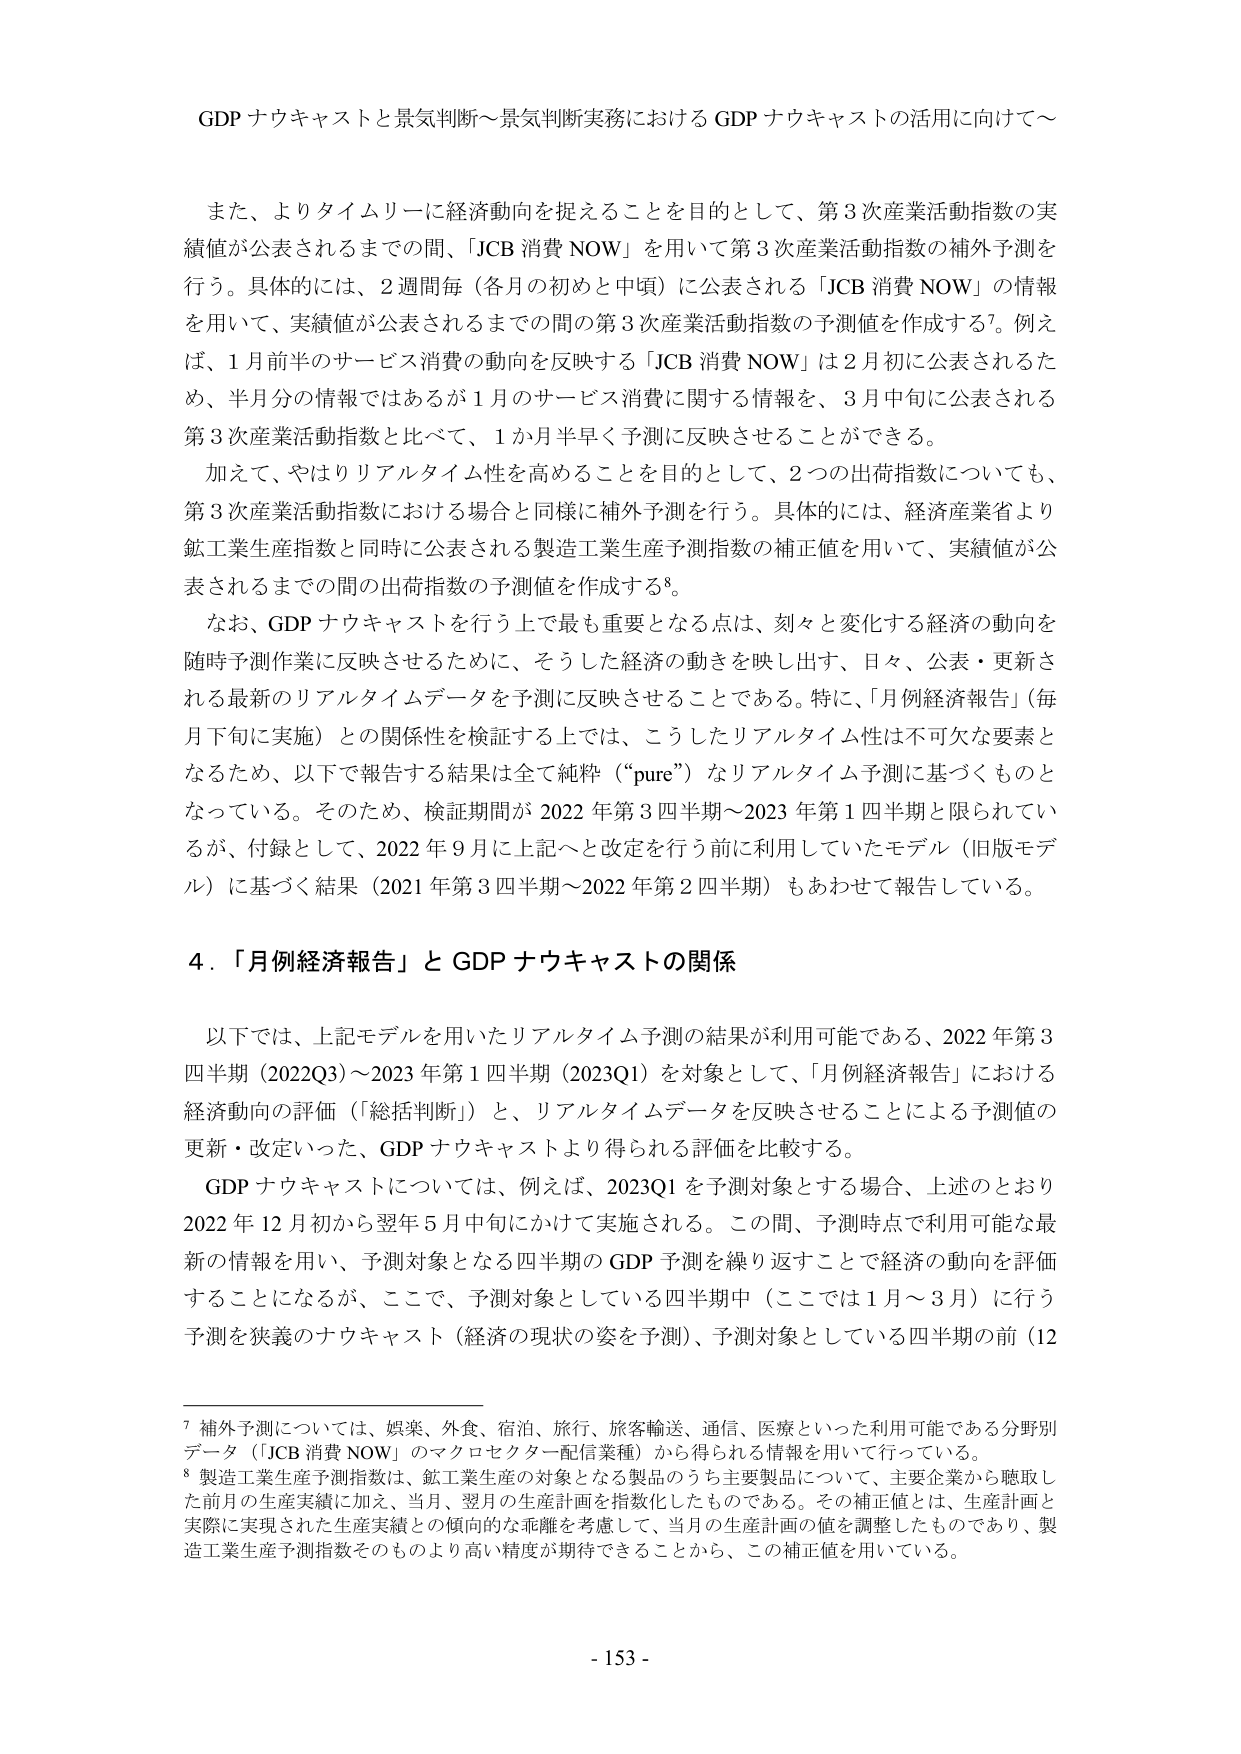
GDP ナウキャストと景気判断～景気判断実務における GDP ナウキャストの活用に向けて～

また、よりタイムリーに経済動向を捉えることを目的として、第3次産業活動指数の実績値が公表されるまでの間、「JCB 消費 NOW」を用いて第3次産業活動指数の補外予測を行う。具体的には、2週間毎（各月の初めと中頃）に公表される「JCB 消費 NOW」の情報を用いて、実績値が公表されるまでの間の第3次産業活動指数の予測値を作成する⁷。例えば、1月前半のサービス消費の動向を反映する「JCB 消費 NOW」は2月初に公表されるため、半月分の情報ではあるが1月のサービス消費に関する情報を、3月中旬に公表される第3次産業活動指数と比べて、1か月半早く予測に反映させることができる。

加えて、やはりリアルタイム性を高めることを目的として、2つの出荷指数についても、第3次産業活動指数における場合と同様に補外予測を行う。具体的には、経済産業省より鉱工業生産指数と同時に公表される製造工業生産予測指数の補正値を用いて、実績値が公表されるまでの間の出荷指数の予測値を作成する⁸。

なお、GDP ナウキャストを行う上で最も重要となる点は、刻々と変化する経済の動向を随時予測作業に反映させるために、そうした経済の動きを映し出す、日々、公表・更新される最新のリアルタイムデータを予測に反映させることである。特に、「月例経済報告」（毎月下旬に実施）との関係性を検証する上では、こうしたリアルタイム性は不可欠な要素となるため、以下で報告する結果は全て純粋（“pure”）なリアルタイム予測に基づくものとなっている。そのため、検証期間が 2022 年第3四半期～2023 年第1四半期と限られているが、付録として、2022 年9月に上記へと改定を行う前に利用していたモデル（旧版モデル）に基づく結果（2021 年第3四半期～2022 年第2四半期）もあわせて報告している。

4．「月例経済報告」と GDP ナウキャストの関係

以下では、上記モデルを用いたリアルタイム予測の結果が利用可能である、2022 年第3四半期（2022Q3）～2023 年第1四半期（2023Q1）を対象として、「月例経済報告」における経済動向の評価（「総括判断」）と、リアルタイムデータを反映させることによる予測値の更新・改定といった、GDP ナウキャストより得られる評価を比較する。

GDP ナウキャストについては、例えば、2023Q1 を予測対象とする場合、上述のとおり2022 年12月初から翌年5月中旬にかけて実施される。この間、予測時点で利用可能な最新の情報を用い、予測対象となる四半期の GDP 予測を繰り返すことで経済の動向を評価することになるが、ここで、予測対象としている四半期中（ここでは1月～3月）に行う予測を狭義のナウキャスト（経済の現状の姿を予測）、予測対象としている四半期の前（12

⁷ 補外予測については、娯楽、外食、宿泊、旅行、旅客輸送、通信、医療といった利用可能である分野別データ（「JCB 消費 NOW」のマクロセクター配信業種）から得られる情報を用いて行っている。

⁸ 製造工業生産予測指数は、鉱工業生産の対象となる製品のうち主要製品について、主要企業から聴取した前月の生産実績に加え、当月、翌月の生産計画を指数化したものである。その補正値とは、生産計画と実際に実現された生産実績との傾向的な乖離を考慮して、当月の生産計画の値を調整したものであり、製造工業生産予測指数そのものより高い精度が期待できることから、この補正値を用いている。

- 153 -